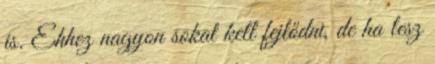
is. Ehhez nagyon sokat kell fejlődni, de ha lesz